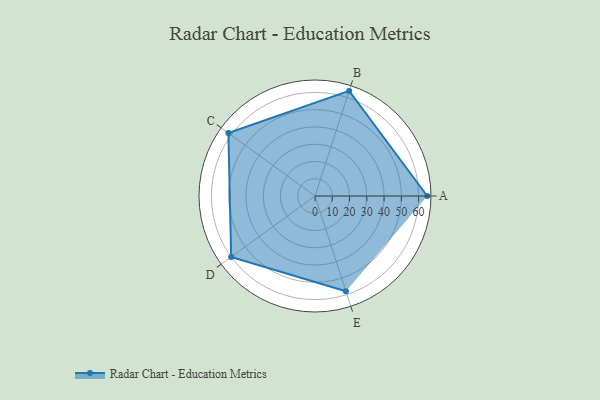
{"axis": {"x": "Skill", "y": "Score"}, "legend": ["Profile"], "data": [{"x": "A", "y": 65.0, "type": "Profile"}, {"x": "B", "y": 64.0, "type": "Profile"}, {"x": "C", "y": 62.0, "type": "Profile"}, {"x": "D", "y": 60.0, "type": "Profile"}, {"x": "E", "y": 58.0, "type": "Profile"}]}